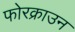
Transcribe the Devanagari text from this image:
फोरक्राउन